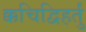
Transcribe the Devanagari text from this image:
क्कचिद्विहर्तुं